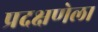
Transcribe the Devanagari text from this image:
प्रदक्षणेला